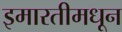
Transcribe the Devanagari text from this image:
इमारतीमधून